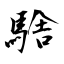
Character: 騇